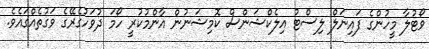
ވޯޓުލާ މީހުންގެ ފައިނަލް ލިސްޓު އިލެކްޝަންސް ކޮމިޝަނުން އާންމުކުރީ ހޯމަ ދުވަހުގެރޭގެ ވަގުތެއްގައެވެ.